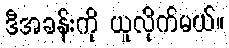
ဒီအခန်းကို ယူလိုက်မယ်။